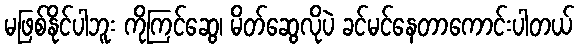
မဖြစ်နိုင်ပါဘူး ကိုကြင်ဆွေ၊ မိတ်ဆွေလိုပဲ ခင်မင်နေတာကောင်းပါတယ်